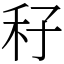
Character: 秄